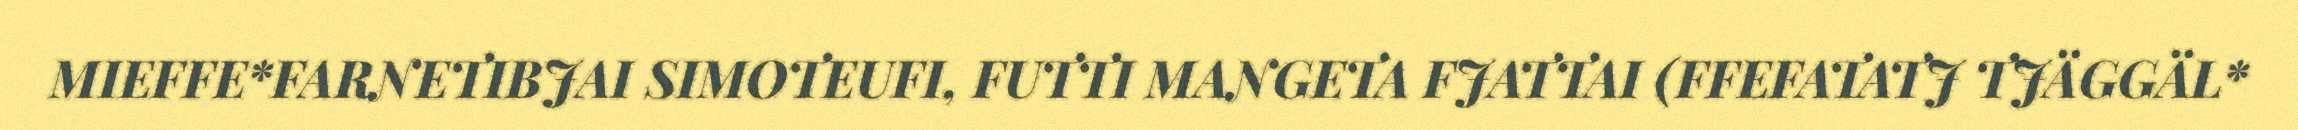
MIEFFE*FARNETIBJAI SIMOTEUFI, FUTTI MANGETA FJATTAI (FFEFATATJ TJÄGGÄL*